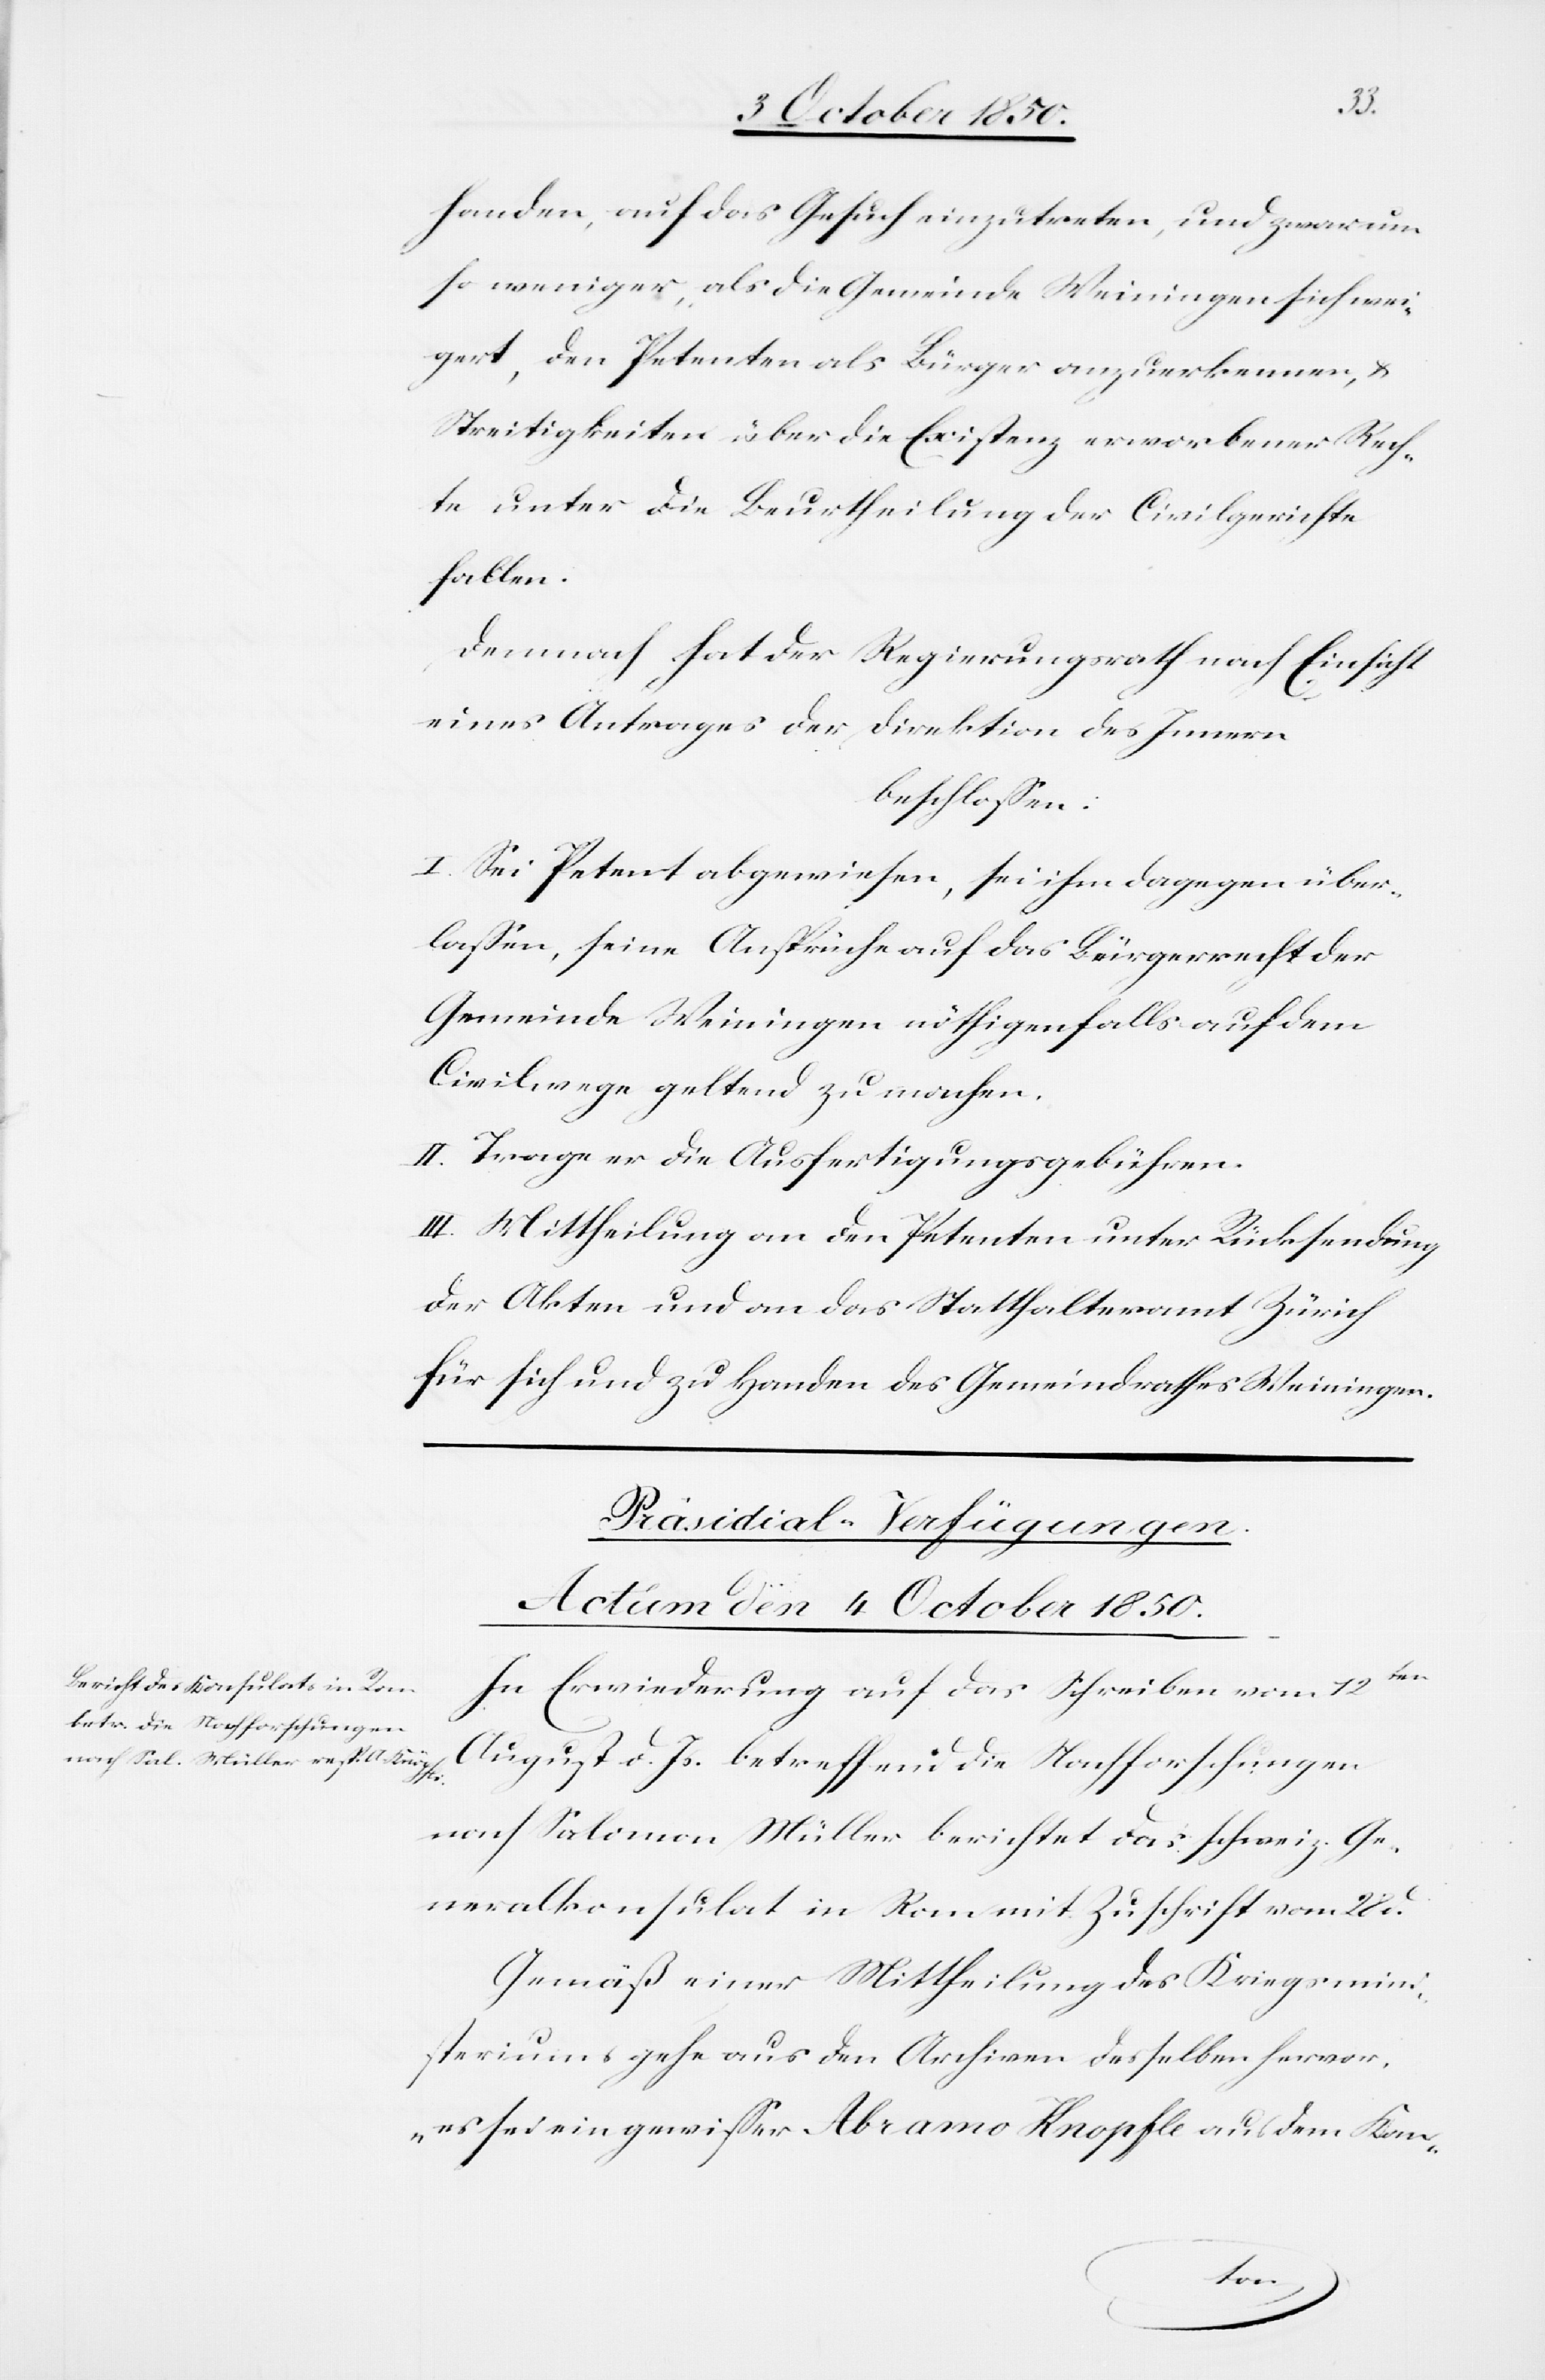
handen, auf das Gesuch einzutreten, und zwar um¬
so weniger, als die Gemeinde Weiningen sich wei¬
gert, den Petenten als Bürger anzuerkennen, &
Streitigkeiten über die Existenz erworbener Rech¬
te unter die Beurtheilung der Civilgerichte
fallen.
Demnach hat der Regierungsrath nach Einsicht
eines Antrages der Direktion des Innern
beschlossen:
I. Sei Petent abgewiesen, sei ihm dagegen über¬
lassen, seine Ansprüche auf das Bürgerrecht der
Gemeinde Weiningen nöhtigenfalls auf dem
Civilwege geltend zu machen.
II. Trage er die Ausfertigungsgebühren.
III. Mittheilung an den Petenten unter Rücksendung
der Akten und an das Statthalteramt Zürich
für sich und zu Handen des Gemeindrathes Weiningen.
Präsidial-Verfügungen.
Actum den 4 October 1850.
In Erwiederung auf das Schreiben vom 12ten
August v. Js. betreffend die Nachforschungen
nach Salomon Müller berichtet das schweiz. Ge¬
neralkonsulat in Rom mit Zuschrift vom 28 d.
Gemäß einer Mittheilung des Kriegsmini¬
steriums gehe aus den Archiven desselben hervor,
„es sei ein gewisser Abramo Knopfli [sic!] aus dem Kan-